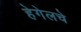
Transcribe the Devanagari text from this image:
हेगेलचे